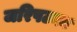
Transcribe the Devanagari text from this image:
जरिपटका